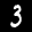
Digit: 3